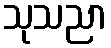
သုသညာ